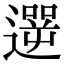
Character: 遻